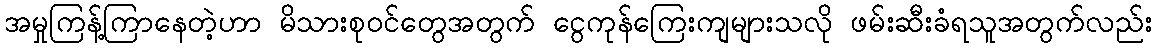
အမှုကြန့်ကြာနေတဲ့ဟာ မိသားစုဝင်တွေအတွက် ငွေကုန်ကြေးကျများသလို ဖမ်းဆီးခံရသူအတွက်လည်း